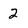
Character: 2